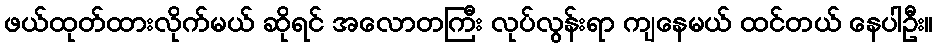
ဖယ်ထုတ်ထားလိုက်မယ် ဆိုရင် အလောတကြီး လုပ်လွန်းရာ ကျနေမယ် ထင်တယ် နေပါဦး။